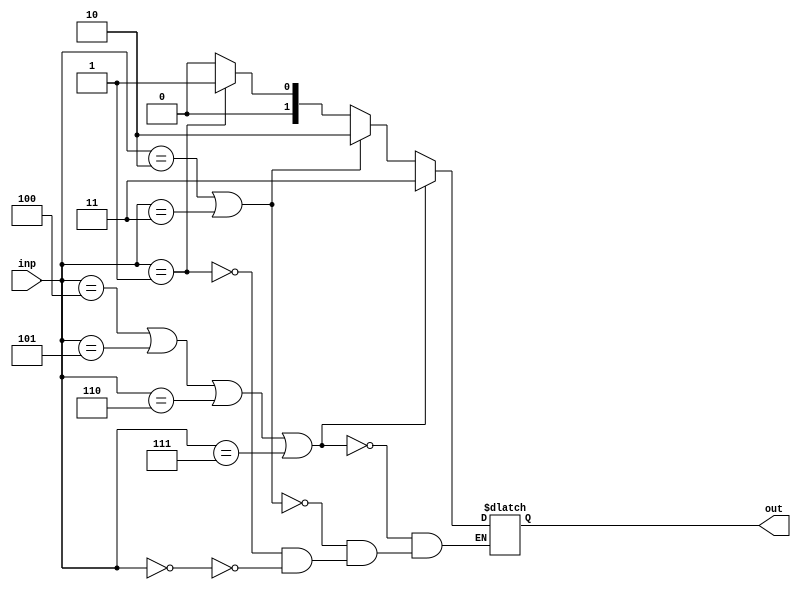
`timescale 1ns / 1ps
//////////////////////////////////////////////////////////////////////////////////
// Company: 
// Engineer: 
// 
// Design Name: 
// Module Name:    PE_3 
// Project Name: 
// Target Devices: 
// Tool versions: 
// Description: 
//
// Dependencies: 
//
// Revision: 
// Revision 0.01 - File Created
// Additional Comments: 
//
//////////////////////////////////////////////////////////////////////////////////
module PE_3(inp, out);
input [2:0] inp; // input 
wire [2:0] inp; // input acts like a wire
output [1:0] out; // output declared
reg [1:0]out;
wire y; // storing temp

always@ (inp) // if else based on truth table
		begin
		if( inp == 3'b000)
		begin
			out <= 2'b00;
			end
		if( inp == 3'b001 )
		begin
			out <= 2'b01;
			end
		if( inp == 3'b010 || inp == 3'b011)
		begin
			out <= 2'b10;
			end
		if( inp == 3'b100 || inp == 3'b101 || inp == 3'b110 || inp == 3'b111 )
		begin
			out <= 2'b11;
			end
		end


endmodule